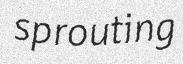
sprouting